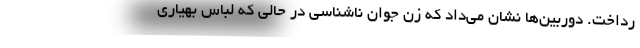
رداخت. دوربین‌ها نشان می‌داد که زن جوان ناشناسی در حالی که لباس بهیاری